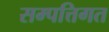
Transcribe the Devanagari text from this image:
सम्पत्तिगत